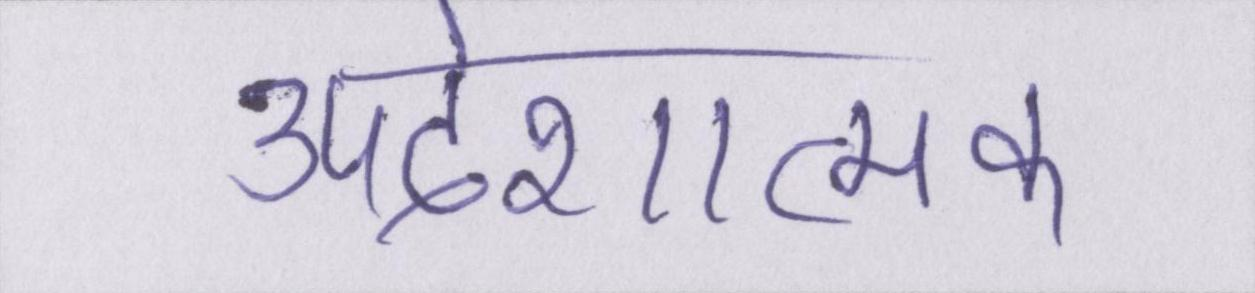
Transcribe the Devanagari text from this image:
उपदेशात्मक